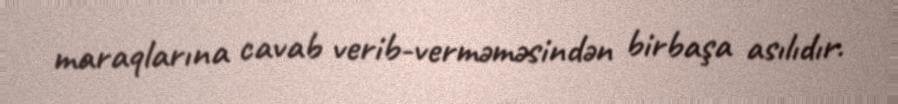
maraqlarına cavab verib-verməməsindən birbaşa asılıdır.